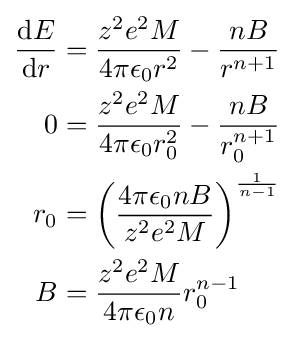
{\begin{aligned}{\frac {\mathrm {d} E}{\mathrm {d} r}}&={\frac {z^{2}e^{2}M}{4\pi \epsilon _{0}r^{2}}}-{\frac {nB}{r^{n+1}}}\\0&={\frac {z^{2}e^{2}M}{4\pi \epsilon _{0}r_{0}^{2}}}-{\frac {nB}{r_{0}^{n+1}}}\\r_{0}&=\left({\frac {4\pi \epsilon _{0}nB}{z^{2}e^{2}M}}\right)^{\frac {1}{n-1}}\\B&={\frac {z^{2}e^{2}M}{4\pi \epsilon _{0}n}}r_{0}^{n-1}\end{aligned}}